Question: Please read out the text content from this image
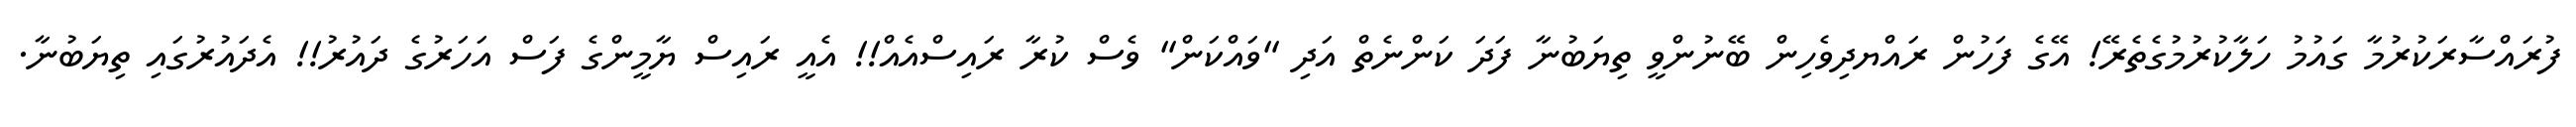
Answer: ފުރައްސާރަކުރުމާ ގައުމު ހަލާކުރުމުގެތެރޭ! އޭގެ ފަހުން ރައްޔދިވެހިން ބޭނުންވީ ތިޔަބުނާ ފަދަ ކަންނެތް އަދި "ވައްކަން" ވެސް ކުރާ ރައިސްއެއް!! އެއީ ރައިސް ޔާމީންގެ ފަސް އަހަރުގެ ދައުރު!! އެދައުރުގައި ތިޔަބުނާ.